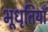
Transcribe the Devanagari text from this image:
भूधृतियाँ